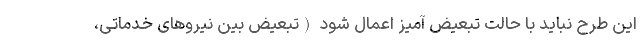
این طرح نباید با حالت تبعیض آمیز اعمال شود (تبعیض بین نیروهای خدماتی،